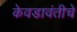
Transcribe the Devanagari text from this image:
केवडावंतीचे